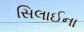
સિલાઈના